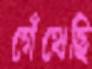
গেঁথেছি